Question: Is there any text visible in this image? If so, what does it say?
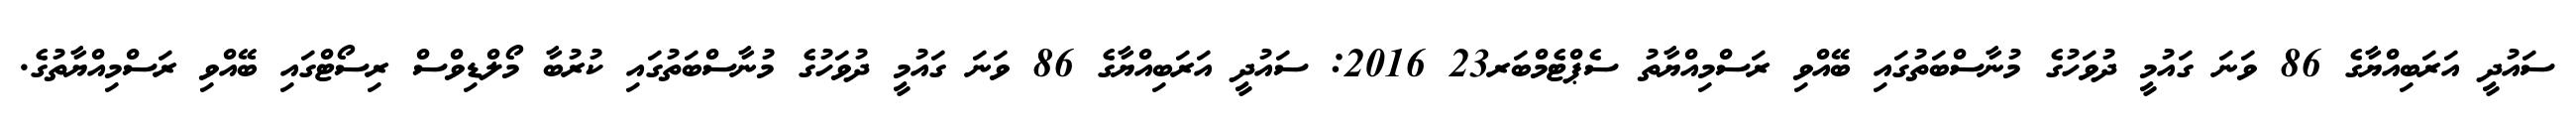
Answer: ސައުދީ އަރަބިއްޔާގެ 86 ވަނަ ގައުމީ ދުވަހުގެ މުނާސްބަތުގައި ބޭއްވި ރަސްމިއްޔާތު ސެޕްޓެމްބަރ23 2016: ސައުދީ އަރަބިއްޔާގެ 86 ވަނަ ގައުމީ ދުވަހުގެ މުނާސްބަތުގައި ކުރުބާ މޯލްޑިވްސް ރިސޯޓްގައި ބޭއްވި ރަސްމިއްޔާތުގެ.